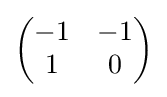
{\begin{pmatrix}-1&-1\\1&0\end{pmatrix}}